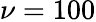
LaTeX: \nu=100